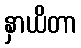
နှာယိတာ